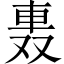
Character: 𨋌